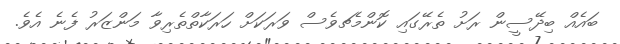
ބައެއް ބިދޭސީން ރަށު ތެރޭގައި ކޮންމެޗވެސް ވަރަކަށް ހަރަކާތްތެރިވާ މަންޒަރު ފެނެ އެވެ.